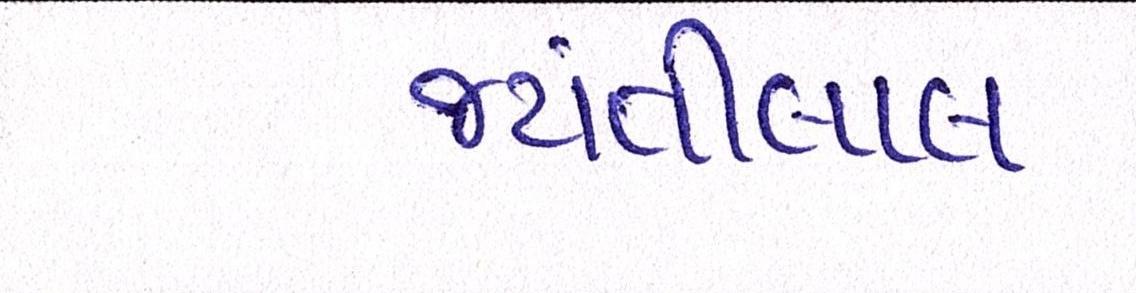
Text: જયંતીલાલ